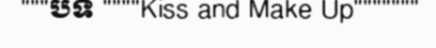
"""បទ """"Kiss and Make Up"""""""